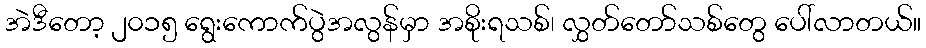
အဲဒီတော့ ၂၀၁၅ ရွေးကောက်ပွဲအလွန်မှာ အစိုးရသစ်၊ လွှတ်တော်သစ်တွေ ပေါ်လာတယ်။